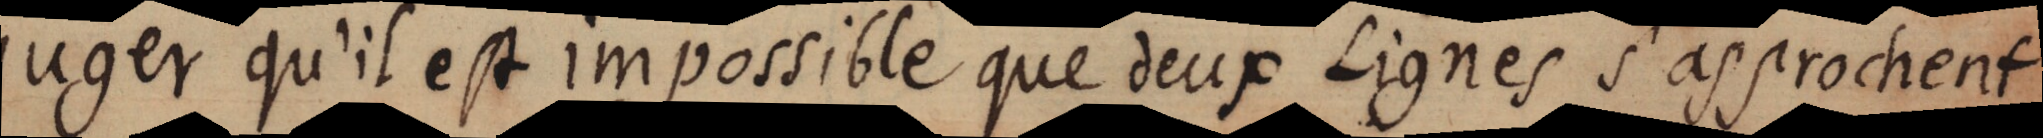
juger qu’il est impossible que deux Lignes s’approchent